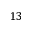
1 3